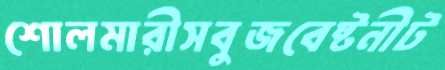
শোলমারীসবুজবেষ্টনীট